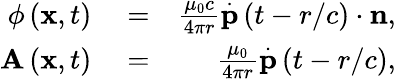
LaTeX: \begin{array}{rlr}{\phi\left(\mathbf{x},t\right)}&{{}=}&{\frac{\mu_{0}c}{4\pi r}\overset{.}{\mathbf{p}}\left(t-r/c\right)\cdot\mathbf{n},}\\ {\mathbf{A}\left(\mathbf{x},t\right)}&{{}=}&{\frac{\mu_{0}}{4\pi r}\overset{.}{\mathbf{p}}\left(t-r/c\right),}\end{array}